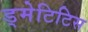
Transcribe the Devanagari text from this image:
ड्मेटिटिस